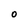
Character: 0